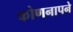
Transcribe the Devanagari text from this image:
कोणनापने